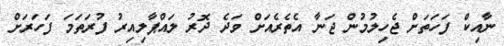
ނާއިކް ފަހަތަށް ޖެހިލުމުން ޖަނާ އެތެރެއަށް ވަދެ ދޮރު ލައްޕާލިއިރު ފުރަތަމަ ފަހަރަށް